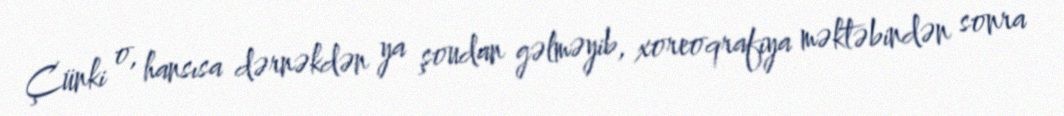
Çünki o, hansısa dərnəkdən ya şoudan gəlməyib, xoreoqrafiya məktəbindən sonra